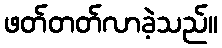
ဖတ်တတ်လာခဲ့သည်။